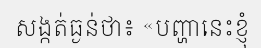
សង្កត់ធ្ងន់ថា៖ «បញ្ហានេះខ្ញុំ